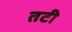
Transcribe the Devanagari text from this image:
तटी